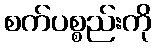
စက်ပစ္စည်းကို